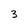
Character: 3